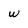
Character: w